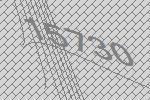
15730